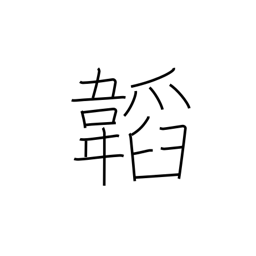
Meaning: wrapping